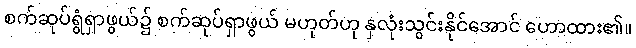
စက်ဆုပ်ရွံရှာဖွယ်၌ စက်ဆုပ်ရှာဖွယ် မဟုတ်ဟု နှလုံးသွင်းနိုင်အောင် ဟောထား၏။